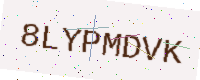
Text: 8LYPMDVK